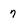
Character: 7